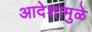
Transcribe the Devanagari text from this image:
आदेशामुळे